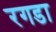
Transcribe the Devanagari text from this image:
रगडा